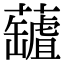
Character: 𧃘